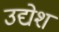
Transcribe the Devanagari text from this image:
उद्येश